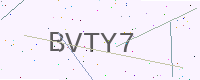
Text: BVTY7